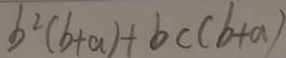
b ^ { 2 } ( b + a ) + b c ( b + a )